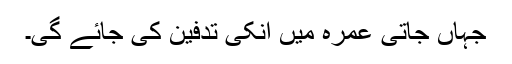
جہاں جاتی عمرہ میں انکی تدفین کی جائے گی۔